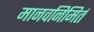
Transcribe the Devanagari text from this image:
मानवनिमिर्त